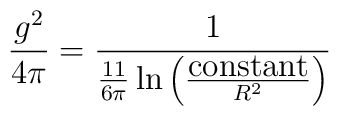
\frac{g^2}{4\pi}=\frac{1}{\frac{11}{6\pi}\ln\left(	\frac{\textrm{constant}}{R^2}\right)}